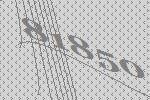
81850